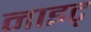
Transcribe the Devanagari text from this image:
नाइट्